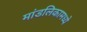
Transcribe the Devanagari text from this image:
मांडलिकामध्ये